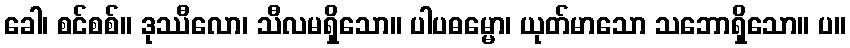
ခေါ၊ စင်စစ်။ ဒုဿီလော၊ သီလမရှိသော။ ပါပဓမ္မော၊ ယုတ်မာသော သဘောရှိသော။ ပ။